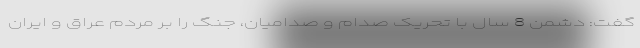
گفت: دشمن 8 سال با تحریک صدام و صدامیان، جنگ را بر مردم عراق و ایران